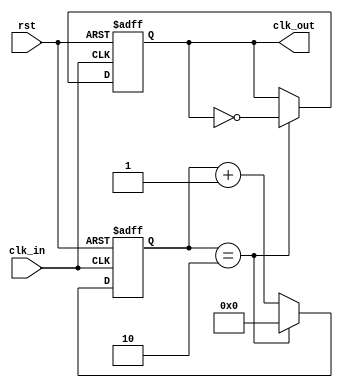
`timescale 1ns / 1ps
//////////////////////////////////////////////////////////////////////////////////
// Company: 
// Engineer:       
// 
// Design Name:    
// Module Name:    eighteen 
// Project Name: 
// Target Devices: 
// Tool versions: 
// Description: 
//
// Dependencies: 
//
// Revision: 
// Revision 0.01 - File Created
// Additional Comments: 
//
//////////////////////////////////////////////////////////////////////////////////

//
module CLK_5ms(rst,clk_in,clk_out);
	input rst,clk_in;
	reg [10:0] counter;
	output reg clk_out;
	always @(posedge clk_in or posedge rst)
	begin
		if (rst)
			begin
				counter <= 21'b0;
				clk_out <= 1'b0;
			end
		else if(counter == 11'd2)//11'd2000
			begin
				clk_out <= ~clk_out;
				counter <= 11'b0;
			end	 
      else
			counter<=counter+1'b1;
   end
endmodule





//
module CLK_Data(rst,clk_in,clk_out);
	input rst,clk_in;
	reg [20:0] counter;
	output reg clk_out;
	always @(posedge clk_in or posedge rst)
	begin
		if (rst)
			begin
				counter <= 21'b0;
				clk_out <= 1'b0;
			end
		else if(counter == 21'd32)// 21'd10000000
			begin
				clk_out <= ~clk_out;
				counter <= 21'b0;
			end	 
      else
			counter<=counter+1'b1;
   end
endmodule





//
module show(rst,clk,Data,ds,seg);
	input clk,rst;
	input [31:0]Data;
	output reg [3:0] ds;
	output reg [7:0]seg;

	reg [2:0]BitSel;
	reg [3:0]data;
	
	always@(*)
	begin
		case(data)
			4'b0000: seg[7:0]<=8'b00000011;
			4'b0001: seg[7:0]<=8'b10011111;
			4'b0010: seg[7:0]<=8'b00100101;
			4'b0011: seg[7:0]<=8'b00001101;
			4'b0100: seg[7:0]<=8'b10011001;
			4'b0101: seg[7:0]<=8'b01001001;
			4'b0110: seg[7:0]<=8'b01000001;
			4'b0111: seg[7:0]<=8'b00011111;
			4'b1000: seg[7:0]<=8'b00000001;
			4'b1001: seg[7:0]<=8'b00001001;
			4'b1010: seg[7:0]<=8'b00010001;
			4'b1011: seg[7:0]<=8'b11000001;
			4'b1100: seg[7:0]<=8'b01100011;
			4'b1101: seg[7:0]<=8'b10000101;
			4'b1110: seg[7:0]<=8'b01100001;
			4'b1111: seg[7:0]<=8'b01110001;
			default: seg[7:0]<=8'b11111111;
		endcase
	end
	
	always@( posedge clk or posedge rst)
		begin
			if(rst) BitSel<=3'b0;
			else
				begin
					BitSel <= BitSel + 1'b1;
							case(BitSel)
						3'b000: 
							begin 
								ds<=4'b1111;
								//AN<=8'b1111_1110;
								data<=Data[3:0];
							end
						3'b001: 
							begin
								ds<=4'b1110;							
								//AN<=8'b1111_1101;
								data<=Data[7:4];
							end
						3'b010: 
							begin
								ds<=4'b1101;
								//AN<=8'b1111_1011;
								data<=Data[11:8];
							end
						3'b011: 
							begin
								ds<=4'b1100;
								//AN<=8'b1111_0111;
								data<=Data[15:12];
							end
						3'b100: 
							begin 
								ds<=4'b1011;
								//AN<=8'b1110_1111;
								data<=Data[19:16];
							end
						3'b101: 
							begin
								ds<=4'b1010;
								//AN<=8'b1101_1111;
								data<=Data[23:20];
							end
						3'b110: 
							begin
								ds<=4'b1001;
								//AN<=8'b1011_1111;
								data<=Data[27:24];
							end
						3'b111: 
							begin
								ds<=4'b1000;
								//AN<=8'b0111_1111;
								data<=Data[31:28];
							end							
						default: 
							begin
								ds<=4'b0000;
								data<=4'bzzzz;
								//AN<=4'b1111_1111;
							end
					endcase		
				end
		end	
endmodule





//
module numerical(stop,rst,clk,data,out);
	input rst;
	input clk;
	input stop;
	output reg out;
	output reg [3:0] data;
	always@(posedge rst or posedge clk)
	begin
		if(rst)
			begin
				data <= 4'b0;
				out<=1'b0;
			end
		else if(~stop)
			begin
				if(data == 4'b1001)
					begin
						data <= 4'b0;
						out <=1'b1;
					end
				else
					begin
						data <= data + 1'b1;
						out<=1'b0;
					end
			end
	end
endmodule





//8
module getDATA(stop,rst,clk,Data);
	input rst;
	input clk;
	input stop;
	output [31:0]Data;
	wire out1,out2,out3,out4,out5,out6,out7,out8;
	numerical n0(stop,rst,clk,Data[3:0],out1);
	numerical n1(stop,rst,out1,Data[7:4],out2);
	numerical n2(stop,rst,out2,Data[11:8],out3);
	numerical n3(stop,rst,out3,Data[15:12],out4);
	numerical n4(stop,rst,out4,Data[19:16],out5);
	numerical n5(stop,rst,out5,Data[23:20],out6);
	numerical n6(stop,rst,out6,Data[27:24],out7);
	numerical n7(stop,rst,out7,Data[31:28],out8);	
endmodule





//, 
module eighteen(stop,rst,clk,ds,seg);
	input rst;
	input clk;
	input stop;
	output [3:0] ds;
	output [7:0] seg; //
	wire clkData;  //1
	wire clk5ms;   //clk_5ms 
	wire [31:0]Data;
	CLK_5ms clk5 (rst,clk,clk5ms);
	CLK_Data clkd (rst,clk,clkData);
	getDATA d(stop,rst,clkData,Data);
	show s (rst,clk5ms,Data,ds,seg);
endmodule